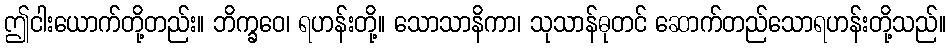
ဤငါးယောက်တို့တည်း။ ဘိက္ခဝေ၊ ရဟန်းတို့။ သောသာနိကာ၊ သုသာန်ဓုတင် ဆောက်တည်သောရဟန်းတို့သည်။